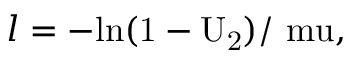
l = - \mathrm { { l n } ( 1 - U _ { 2 } ) / \ m u , }